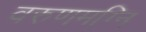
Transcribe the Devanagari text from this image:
वरुणमग्नि